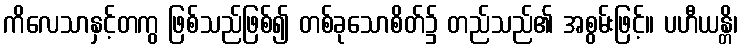
ကိလေသာနှင့်တကွ ဖြစ်သည်ဖြစ်၍ တစ်ခုသောစိတ်၌ တည်သည်၏ အစွမ်းဖြင့်။ ပဟီယန္တိ၊